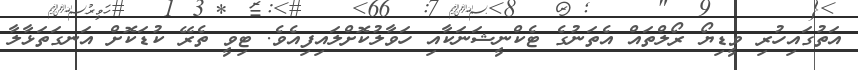
އަތުގައިހުރި ވީޑިޔޯ ރޯލްތައް އެތަނުގެ ޓެކްނީޝަނަކާއި ހަވާލުކޮށްލައިފިއެވެ. ޓިވީ ތެރޭ ކުޑަކޮށް އަނގަތަޅާލާ